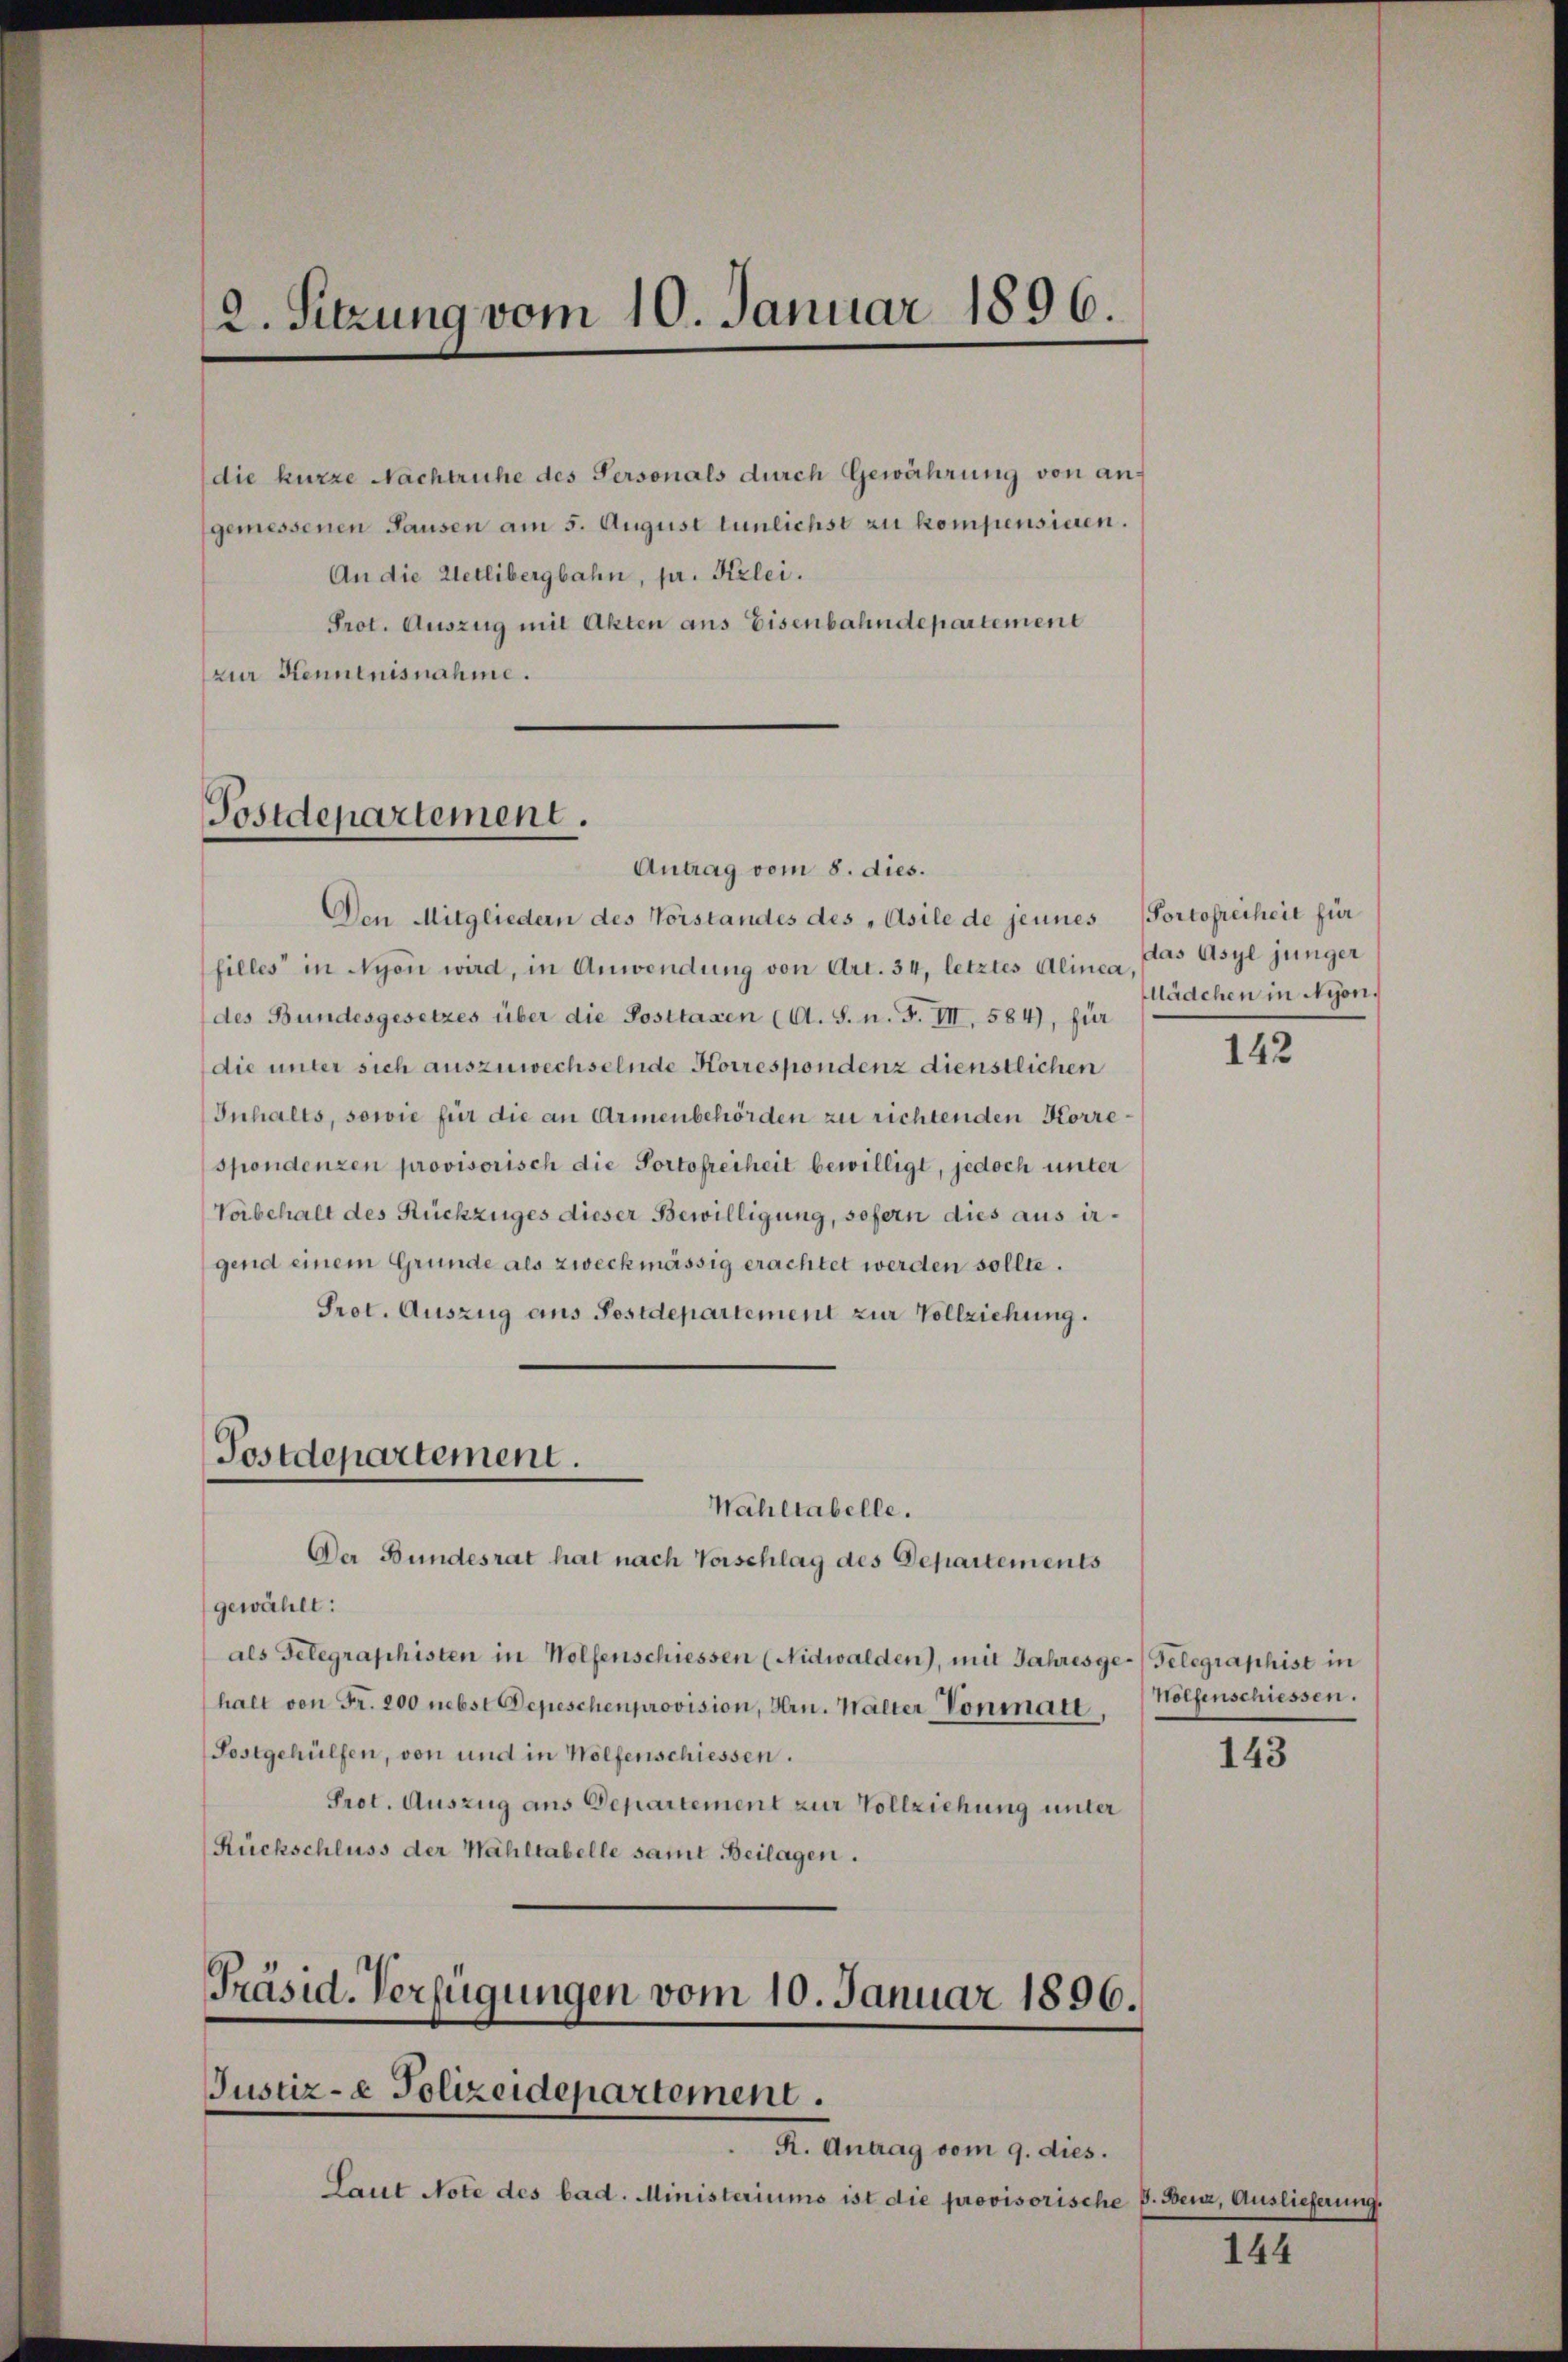
2. Sitzung vom 10. Januar 1896.

Prot. Auszug mit Akten aus Eisenbahndepartement
zur Henntnisnahme.

Postdepartement.

Antrag vom 8. dies.
Den Mitgliedern des Vorstandes des „Asile de jeunes Portofreiheit für
filles in Nyon wird, in Anwendung von Art. 34, letztes Alinea
(des Bundesgesetzes über die Posttaxen (lt. S. n. F. VII, 584), für
die unter sich auszuwechselnde Korrespondenz dienstlichen
Inhalts, sowie für die an Armenbehörden zu richtenden Korre
spondenzen provisorisch die Portofreiheit bewilligt, jedoch unter
Vorbehalt des Rückzuges dieser Bewilligung, sofern dies aus irgend einem Grunde als zweckmässig erachtet werden sollte.
Prot. Auszug aus Postdepartement zur Vollziehung.
Postdepartement.
Wahltabelle.
Der Bundesrat hat nach Vorschlag des Departements
gewählt:
als Telegraphisten in Wolfenschiessen (Nidwalden), mit Jahresge-Gelegraphist in
halt von Fr. 200 nebst Depeschenprovision, Hrn. Walter Vonmatt (Holfenschiessen.
Postgehülfen, von und in Wolfenschiessen.
Prot. Auszug aus Departement zur Vollziehung unter
Rückschluss der Wahltabelle samt Beilagen.

Präsid. Verfügungen vom 10. Januar 1896.
Justiz- & Polizeidepartement.
R. Antrag vom 9. dies.

(die kurze Nachtruhe des Personals durch Gewährung von angemessenen Hausen am 5. August lunlichst zu kompensieren.
An die Wetlibergbahn, pr. Kzlei.

Laut Note des bad. Ministeriums ist die provisorische B. Benz, Auslieferung.

das Asyl junger
Mädchen in Nyon.

142

143

144